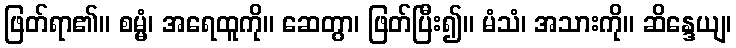
ဖြတ်ရာ၏။ စမ္မံ၊ အရေထူကို။ ဆေတွာ၊ ဖြတ်ပြီး၍။ မံသံ၊ အသားကို။ ဆိန္ဒေယျ၊